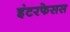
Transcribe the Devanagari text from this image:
इंटरफेसस